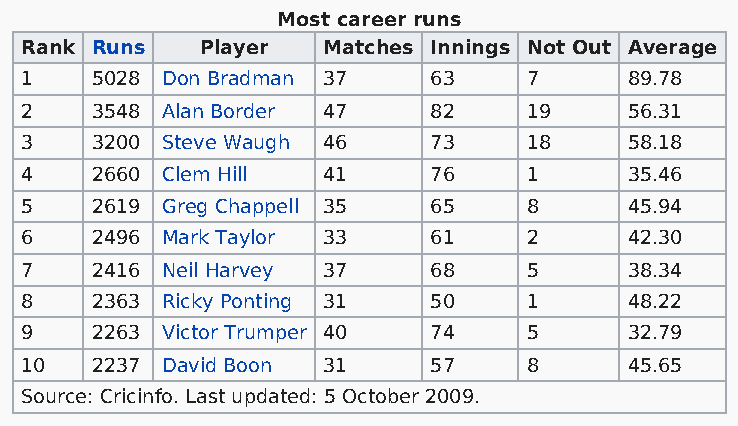
Most career runs
 Rank Runs   Player  Matches Innings Not Out Average
 1    5028 Don Bradman 37   63     7      89.78
 2    3548 Alan Border 47   82     19     56.31
 3    3200 Steve Waugh 46   73     18     58.18
 4    2660 Clem Hill 41     76     1      35.46
 5    2619 Greg Chappell 35 65     8      45.94
 6    2496 Mark Taylor 33   61     2      42.30
 7    2416 Neil Harvey 37   68     5      38.34
 8    2363 Ricky Ponting 31 50     1      48.22
 9    2263 Victor Trumper 40 74    5      32.79
 10   2237 David Boon 31    57     8      45.65
 Source: Cricinfo. Last updated: 5 October 2009.